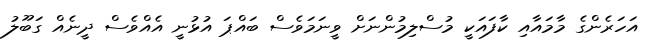
އަހަރެންގެ މާމައާއި ކާފައަކީ މުސްލިމުންނަށް ވީނަމަވެސް ބައްޕަ އުޅުނީ އެއްވެސް ދީނެއް ގަބޫލު